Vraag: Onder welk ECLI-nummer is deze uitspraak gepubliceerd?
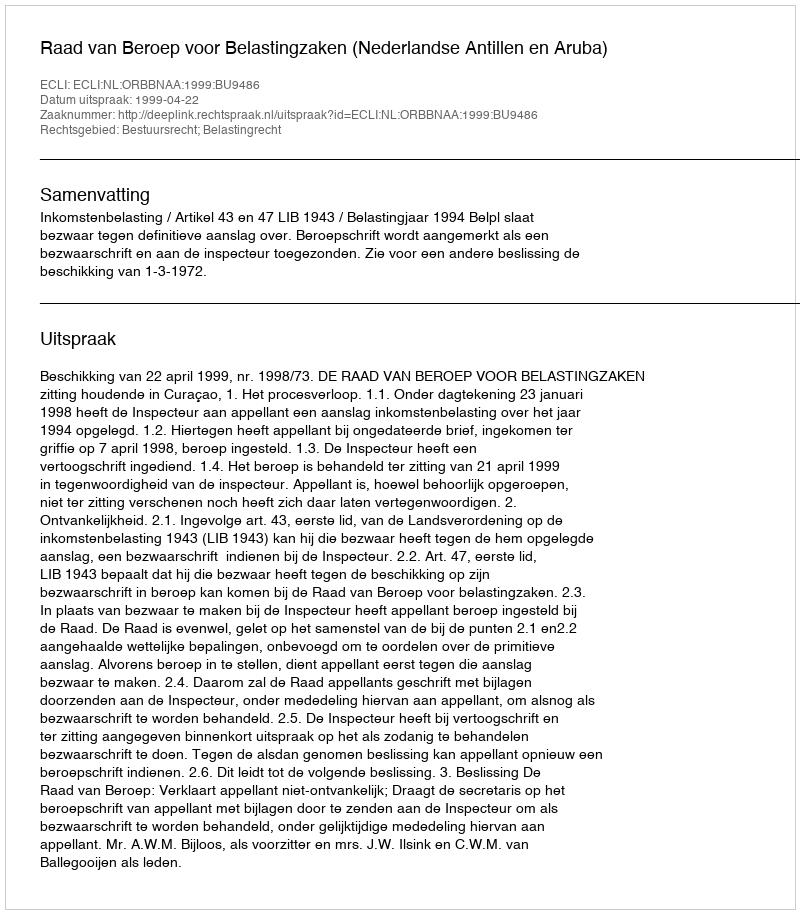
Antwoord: ECLI:NL:ORBBNAA:1999:BU9486